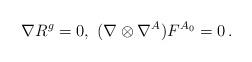
LaTeX: \begin{align*}\nabla R^g =0,\ (\nabla\otimes \nabla^A )F^{A_0}=0\,.\end{align*}